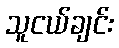
သူငယ်ချင်း